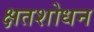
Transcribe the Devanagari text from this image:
क्षतशोधन